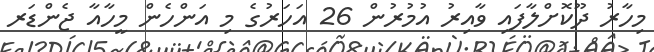
މިހާރު ދޫކޮށްލާފައި ވާއިރު އުމުރުން 26 އަހަރުގެ މި އަންހެން މީހާއާ ޖެންޑަރ